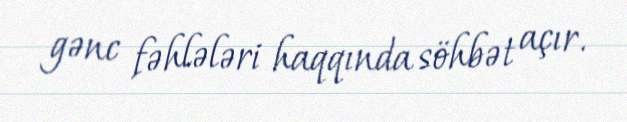
gənc fəhlələri haqqında söhbət açır.